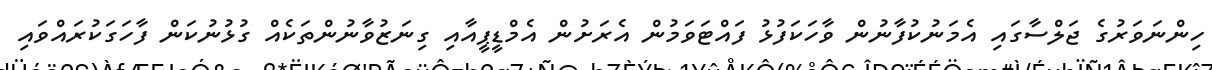
ހިންނަވަރުގެ ޖަލްސާގައި އެމަނުކުފާނުން ވާހަކަފުޅު ފައްޓަވަމުން އެރަށުން އެމްޑީޕީއާއި ގިނަޒުވާނުންތަކެއް ގުޅުނުކަން ފާހަގަކުރައްވައި